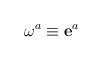
LaTeX: \begin{align*}\mathbf{\omega }^{a}\equiv \mathbf{e}^{a}\end{align*}